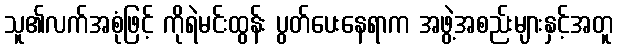
သူ၏လက်အစုံဖြင့် ကိုရဲမင်းထွန်း ပွတ်ပေးနေရာက အဖွဲ့အစည်းများနှင့်အတူ